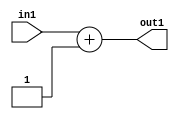
`timescale 1ps / 1ps
/*****************************************************************************
    Verilog RTL Description
    
    
    Created by: Stratus DpOpt 21.05.01 
*******************************************************************************/

module SobelFilter_Add_3U_1_4 (
	in1,
	out1
	); /* architecture "behavioural" */ 
input [2:0] in1;
output [2:0] out1;
wire [2:0] asc001;

assign asc001 = 
	+(in1)
	+(3'B001);

assign out1 = asc001;
endmodule

/* CADENCE  urjzSg8= : u9/ySxbfrwZIxEzHVQQV8Q== ** DO NOT EDIT THIS LINE ******/